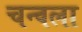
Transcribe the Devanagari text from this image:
चन्वला